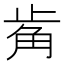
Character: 𧣆